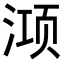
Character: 𭱊